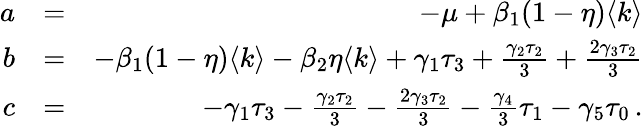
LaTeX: \begin{array}{rlr}{a}&{=}&{-\mu+\beta_{1}(1-\eta)\langle k\rangle}\\ {b}&{=}&{-\beta_{1}(1-\eta)\langle k\rangle-\beta_{2}\eta\langle k\rangle+\gamma_{1}\tau_{3}+\frac{\gamma_{2}\tau_{2}}{3}+\frac{2\gamma_{3}\tau_{2}}{3}}\\ {c}&{=}&{-\gamma_{1}\tau_{3}-\frac{\gamma_{2}\tau_{2}}{3}-\frac{2\gamma_{3}\tau_{2}}{3}-\frac{\gamma_{4}}{3}\tau_{1}-\gamma_{5}\tau_{0}\, .}\end{array}